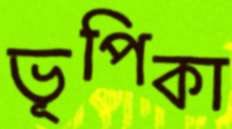
ভূপিকা